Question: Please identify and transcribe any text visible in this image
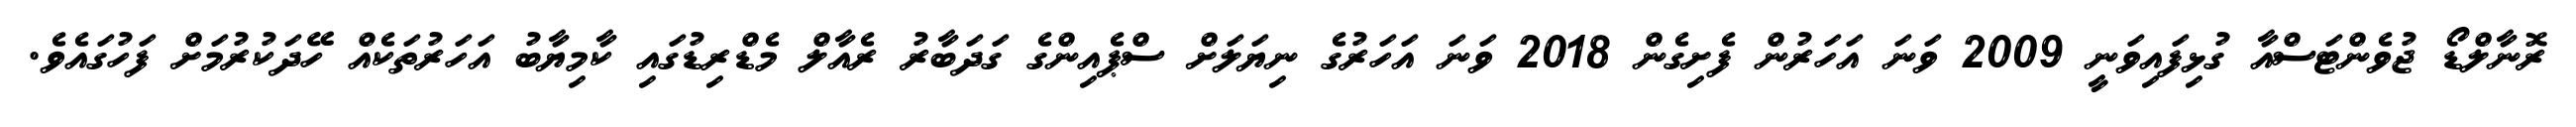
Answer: ރޮނާލްޑޯ ޖުވެންޓަސްއާ ގުޅިފައިވަނީ 2009 ވަނަ އަހަރުން ފެށިގެން 2018 ވަނަ އަހަރުގެ ނިޔަލަށް ސްޕެއިންގެ ގަދަބާރު ރެއާލް މެޑްރިޑުގައި ކާމިޔާބު އަހަރުތަކެއް ހޭދަކުރުމަށް ފަހުގައެވެ.